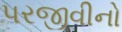
પરજીવીનો